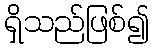
ရှိသည်ဖြစ်၍